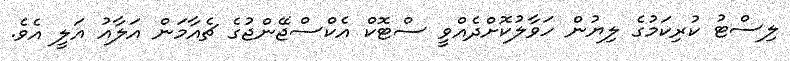
ލިސްޓު ކުރިކަމުގެ ލިޔުން ހަވާލުކޮށްދެއްވީ ސްޓޮކް އެކްސްޖޭންޖުގެ ޗެއާމަން އަލާއު އަލީ އެވެ.